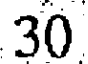
30